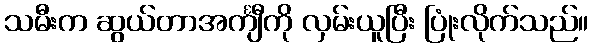
သမီးက ဆွယ်တာအင်္ကျီကို လှမ်းယူပြီး ပြုံးလိုက်သည်။